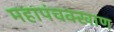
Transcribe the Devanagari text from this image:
महापंचक्खाण